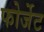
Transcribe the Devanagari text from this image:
फोर्जेट